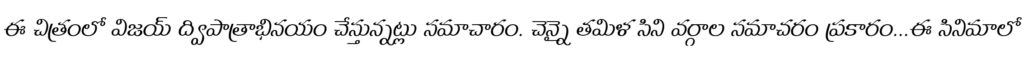
ఈ చిత్రంలో విజయ్ ద్విపాత్రాభినయం చేస్తున్నట్లు సమాచారం. చెన్నై తమిళ సిని వర్గాల సమాచరం ప్రకారం...ఈ సినిమాలో